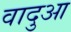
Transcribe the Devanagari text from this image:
वादुआ